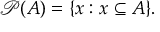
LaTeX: { \mathcal { P } } ( A ) = \{ x : x \subseteq A \} .